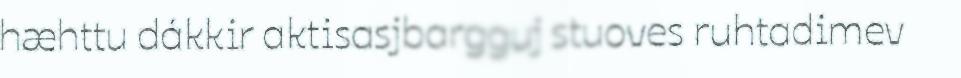
hæhttu dákkir aktisasjbargguj stuoves ruhtadimev